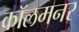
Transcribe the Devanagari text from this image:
कॉलमनर